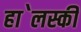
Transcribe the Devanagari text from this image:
हा॓लस्की